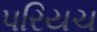
પરિયચ